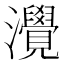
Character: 灚